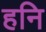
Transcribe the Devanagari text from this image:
हनि